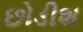
છોડીશ